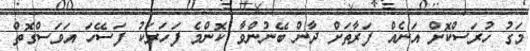
މަގު ހުރަސްކޮށް އަނެއް ފަރާތަށް ދާން ބޭނުންވާ ކޮންމެ ފަހަރަކު ފަސޭހަ އަވަސްގޮތް